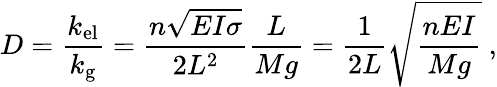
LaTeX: D=\frac{k_{\mathrm{el}}}{k_{\mathrm{g}}}=\frac{n\sqrt{EI\sigma}}{2L^{2}}\frac{L}{Mg}=\frac{1}{2L}\sqrt{\frac{nEI}{Mg}}~,